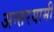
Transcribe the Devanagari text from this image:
अन्‍तरयामी